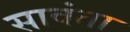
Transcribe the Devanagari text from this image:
सावंता